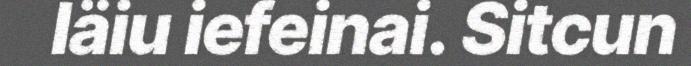
läiu iefeinai. Sitcun